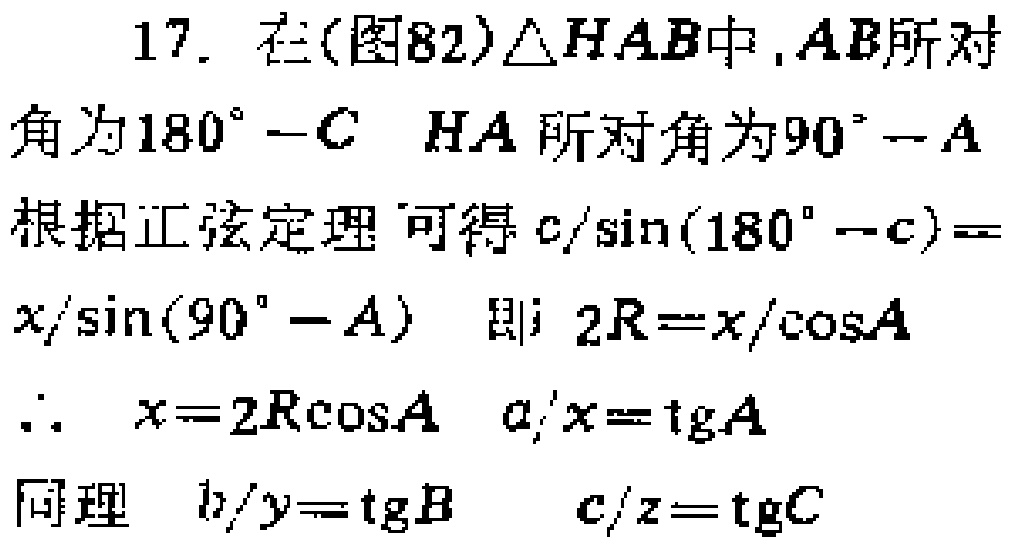
17. 在（图82）$\triangle HAB$中，$AB$所对角为$180^{\circ}-C$，$HA$所对角为$90^{\circ}-A$。
根据正弦定理可得$c/\sin(180^{\circ}-c)=x/\sin(90^{\circ}-A)$，即$2R = x/\cos A$。
$\therefore x = 2R\cos A$，$a/x=\text{tg}A$。
同理$b/y=\text{tg}B$，$c/z=\text{tg}C$